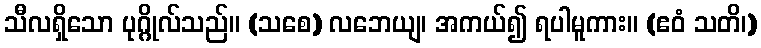
သီလရှိသော ပုဂ္ဂိုလ်သည်။ (သစေ) လဘေယျ၊ အကယ်၍ ရပါမူကား။ (ဧဝံ သတိ၊)